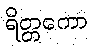
ရိတ္တကော